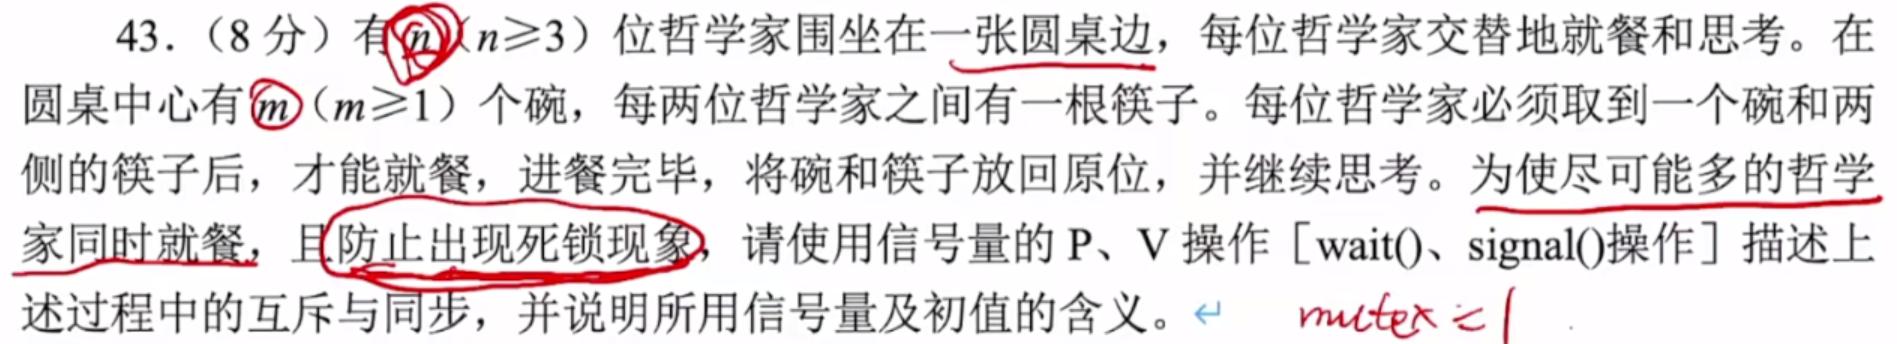
43.（8分）有$n$（$n\geq3$）位哲学家围坐在一张圆桌边，每位哲学家交替地就餐和思考。在圆桌中心有$m$（$m\geq1$）个碗，每两位哲学家之间有一根筷子。每位哲学家必须取到一个碗和两侧的筷子后，才能就餐，进餐完毕，将碗和筷子放回原位，并继续思考。为使尽可能多的哲学家同时就餐，且防止出现死锁现象，请使用信号量的P、V操作[wait()、signal()操作]描述上述过程中的互斥与同步，并说明所用信号量及初值的含义。